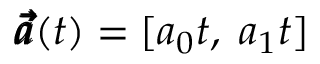
\pmb { \vec { a } } ( t ) = [ a _ { 0 } t , \; a _ { 1 } t ]